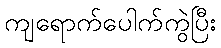
ကျရောက်ပေါက်ကွဲပြီး